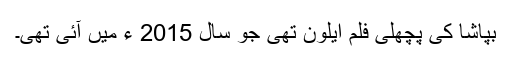
بپاشا کی پچھلی فلم ایلون تھی جو سال 2015 ء میں آئی تھی۔